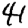
Digit: 4